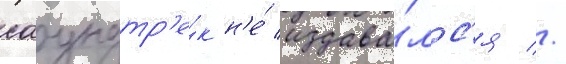
саундтр'е́к н'е́ издава́лс'я //